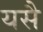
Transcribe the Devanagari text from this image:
यसै